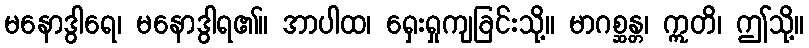
မနောဒွါရေ၊ မနောဒွါရ၏။ အာပါထ၊ ရှေးရှုကျခြင်းသို့။ မာဂစ္ဆန္တ၊ ဣတိ၊ ဤသို့။